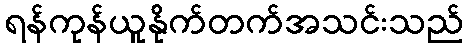
ရန်ကုန်ယူနိုက်တက်အသင်းသည်